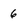
Character: 6